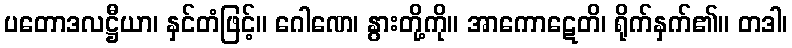
ပတောဒလဋ္ဌီယာ၊ နှင်တံဖြင့်။ ဂေါဏေ၊ နွားတို့ကို။ အာကောဋေတိ၊ ရိုက်နှက်၏။ တဒါ၊